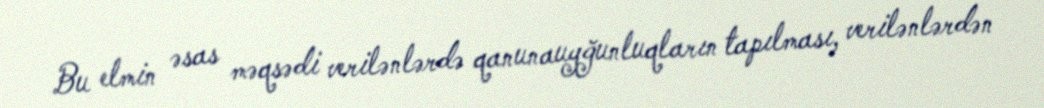
Bu elmin əsas məqsədi verilənlərdə qanunauyğunluqların tapılması, verilənlərdən